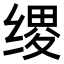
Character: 𫄯